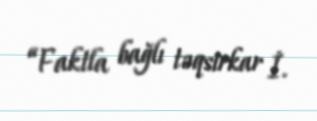
“Faktla bağlı təqsirkar İ.